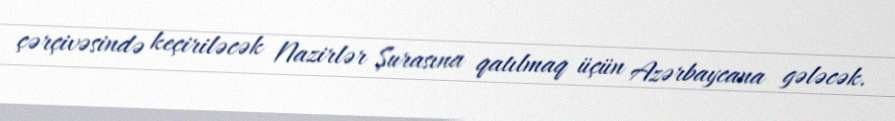
çərçivəsində keçiriləcək Nazirlər Şurasına qatılmaq üçün Azərbaycana gələcək.